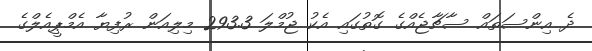
ދެ އިންސަތައް ސާޗާޖެއްގެ ގޮތުގައި އެކު ޖުމްލަ 293.3 މިލިއަން ރުފިޔާ އެމްޕީއެލްގެ